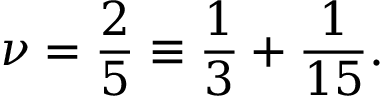
\nu = \frac { 2 } { 5 } \equiv \frac { 1 } { 3 } + \frac { 1 } { 1 5 } .